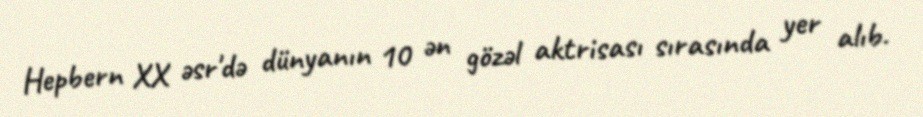
Hepbern XX əsr'də dünyanın 10 ən gözəl aktrisası sırasında yer alıb.